Punjab Mental Hospital Lahore 1922-31 - 1922-1931
Year: 1922
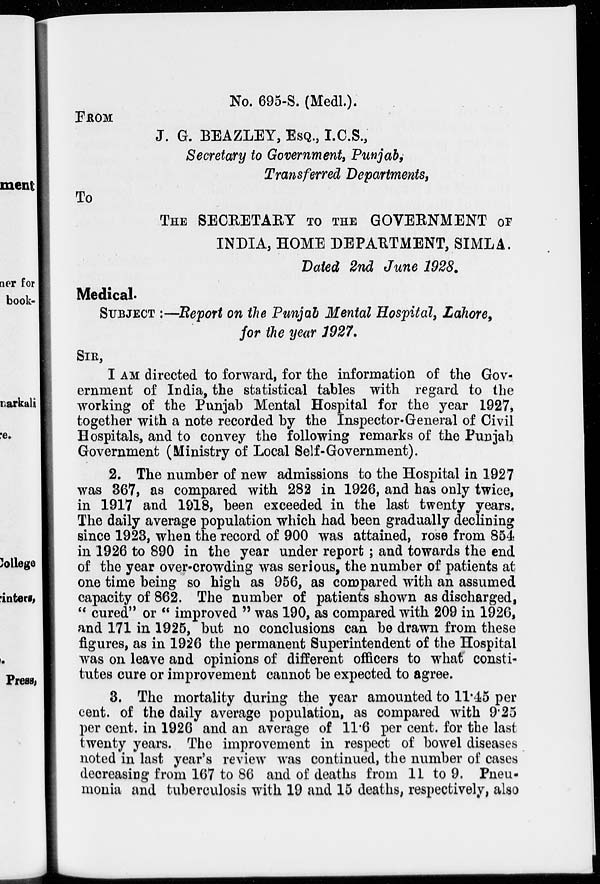
No. 695-S. (Medl.).
FROM
J. G. BEAZLEY, ESQ., I.C.S.,
Secretary to Government, Punjab,
Transferred Departments,
To
THE SECRETARY TO THE GOVERNMENT OF
INDIA, HOME DEPARTMENT, SIMLA.
Dated 2nd June 1928.
Medical.
SUBJECT :—Report on the Punjab Mental Hospital, Lahore,
for the year 1927.
SIR,
I AM directed to forward, for the information of the Gov-
ernment of India, the statistical tables with regard to the
working of the Punjab Mental Hospital for the year 1927,
together with a note recorded by the Inspector-General of Civil
Hospitals, and to convey the following remarks of the Punjab
Government (Ministry of Local Self-Government).
2. The number of new admissions to the Hospital in 1927
was 367, as compared with 282 in 1926, and has only twice,
in 1917 and 1918, been exceeded in the last twenty years.
The daily average population which had been gradually declining
since 1923, when the record of 900 was attained, rose from 854
in 1926 to 890 in the year under report; and towards the end
of the year over-crowding was serious, the number of patients at
one time being so high as 956, as compared with an assumed
capacity of 862. The number of patients shown as discharged,
" cured" or " improved " was 190, as compared with 209 in 1926,
and 171 in 1925, but no conclusions can be drawn from these
figures, as in 1926 the permanent Superintendent of the Hospital
was on leave and opinions of different officers to what consti-
tutes cure or improvement cannot be expected to agree.
3. The mortality during the year amounted to 11.45 per
cent. of the daily average population, as compared with 9.25
per cent. in 1926 and an average of 11.6 per cent. for the last
twenty years. The improvement in respect of bowel diseases
noted in last year's review was continued, the number of cases
decreasing from 167 to 86 and of deaths from 11 to 9. Pneu-
monia and tuberculosis with 19 and 15 deaths, respectively, also